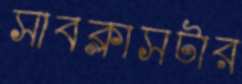
সাবক্লাসটার